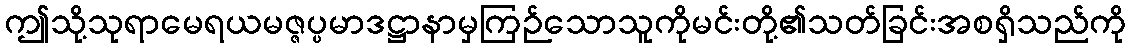
ဤသို့သုရာမေရယမဇ္ဇပ္ပမာဒဋ္ဌာနာမှကြဉ်သောသူကိုမင်းတို့၏သတ်ခြင်းအစရှိသည်ကို